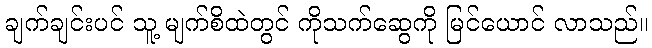
ချက်ချင်းပင် သူ့ မျက်စိထဲတွင် ကိုသက်ဆွေကို မြင်ယောင် လာသည်။